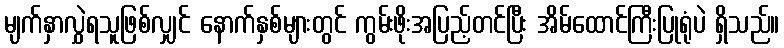
မျက်နှာလွှဲရသူဖြစ်လျှင် နောက်နှစ်များတွင် ကွမ်းဖိုးအပြည့်တင်ပြီး အိမ်ထောင်ကြီးပြုရုံပဲ ရှိသည်။